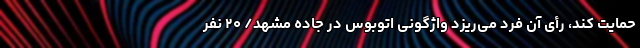
حمایت کند، رأی‌ آن فرد می‌ریزد واژگونی اتوبوس در جاده مشهد/ ۲۰ نفر